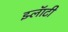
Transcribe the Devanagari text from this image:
झ्लॅाटी